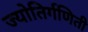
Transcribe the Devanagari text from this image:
ज्योतिर्गणिती